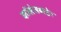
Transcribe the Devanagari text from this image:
कॉलेजबाहेर